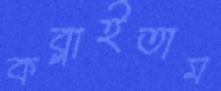
কব্‌লাইতাম